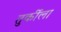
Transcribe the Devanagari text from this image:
तुर्कीला